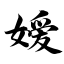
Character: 嫒